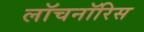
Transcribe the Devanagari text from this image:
लॉचनॉरिस